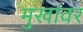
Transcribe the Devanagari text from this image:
मुखांवर